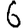
Digit: 6